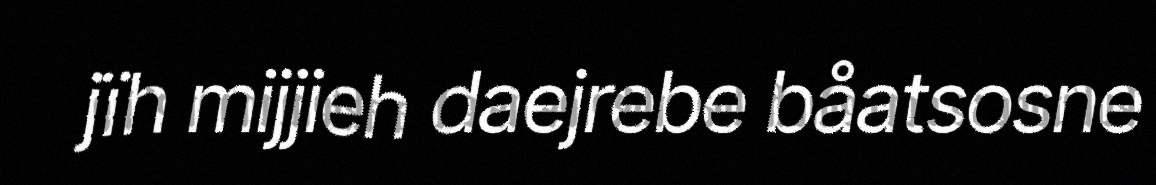
jïh mijjieh daejrebe båatsosne